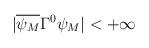
LaTeX: \begin{align*}|\overline{\psi_{M}} \Gamma^{0} \psi_{M}| < +\infty\end{align*}